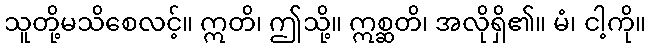
သူတို့မသိစေလင့်။ ဣတိ၊ ဤသို့။ ဣစ္ဆတိ၊ အလိုရှိ၏။ မံ၊ ငါ့ကို။